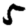
Digit: 5